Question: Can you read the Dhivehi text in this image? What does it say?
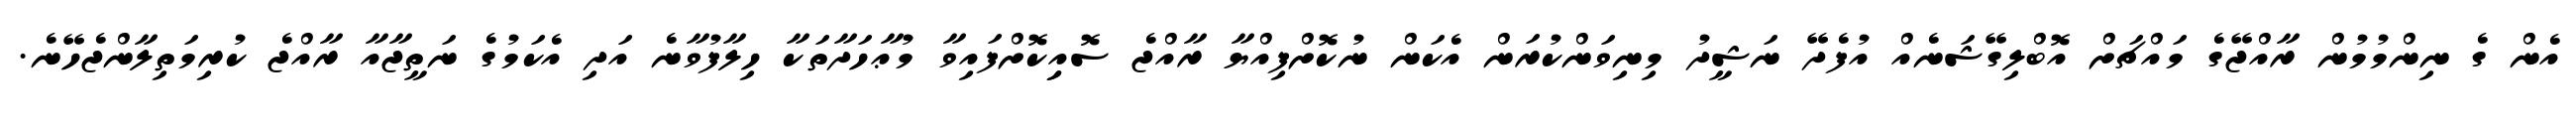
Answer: އެން ގެ ނިންމުމުން ރާއްޖޭގެ މައްޗަށް އޮބްލިގޭޝަނެއް އުފެދޭ ނަޝީދު މިނިވަންކުރަން އެކަން ނުކޮށްފިއްޔާ ރާއްޖެ ސޮއިިކޮށްފައިވާ މުޢާހަދާތަކާ ހިލާފުވާނެ އަދި އެކަމުގެ ނަތީޖާއާ ރާއްޖެ ކުރިމަތިލާންޖެހޭނެ.